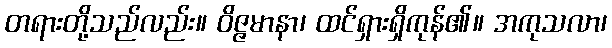
တရားတို့သည်လည်း။ ဝိဇ္ဇမာနာ၊ ထင်ရှားရှိကုန်၏။ အကုသလာ၊